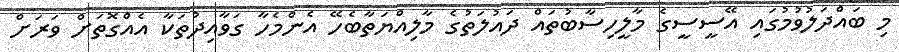
މި ބައްދަލުވުމުގައި އޭސީސީގެ މާލީހިސާބުތައް ދައުލަތުގެ މާލިއްޔަތާބެހޭ އެންމެހާ ގަވާއިދުތަކާ އެއްގޮތަށް ވަރަށް